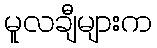
မူလချီများက